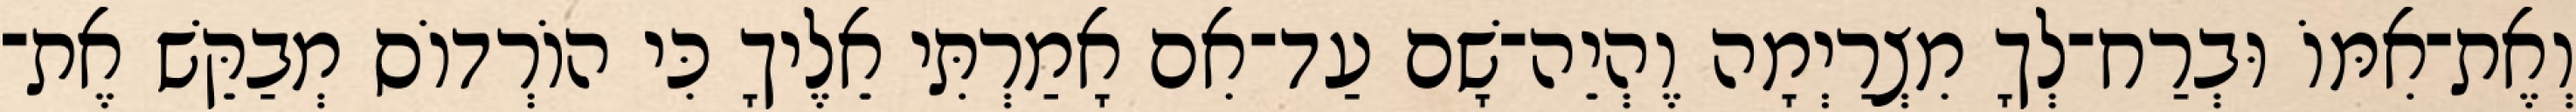
וְאֶת־אִמּוֹ וּבְרַח־לְךָ מִצְרַיְמָה וֶהְיֵה־שָׁם עַד־אִם אָמַרְתִּי אֵלֶיךָ כִּי הוֹרְדוֹס מְבַקֵּשׁ אֶת־